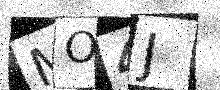
Text: MO4J